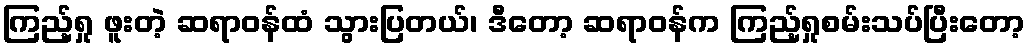
ကြည့်ရှု ဖူးတဲ့ ဆရာဝန်ထံ သွားပြတယ်၊ ဒီတော့ ဆရာဝန်က ကြည့်ရှုစမ်းသပ်ပြီးတော့